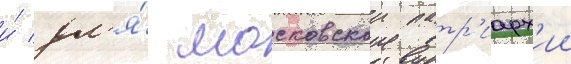
и́ дл'я́ московскои патр'иарх'ии